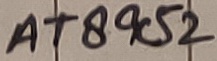
Text: AT89C52